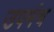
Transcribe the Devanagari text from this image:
उपमंच